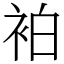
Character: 袙